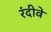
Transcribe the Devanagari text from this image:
रंदीवे